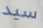
سيد